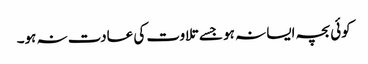
کوئی بچہ ایسا نہ ہو جسے تلاوت کی عادت نہ ہو۔